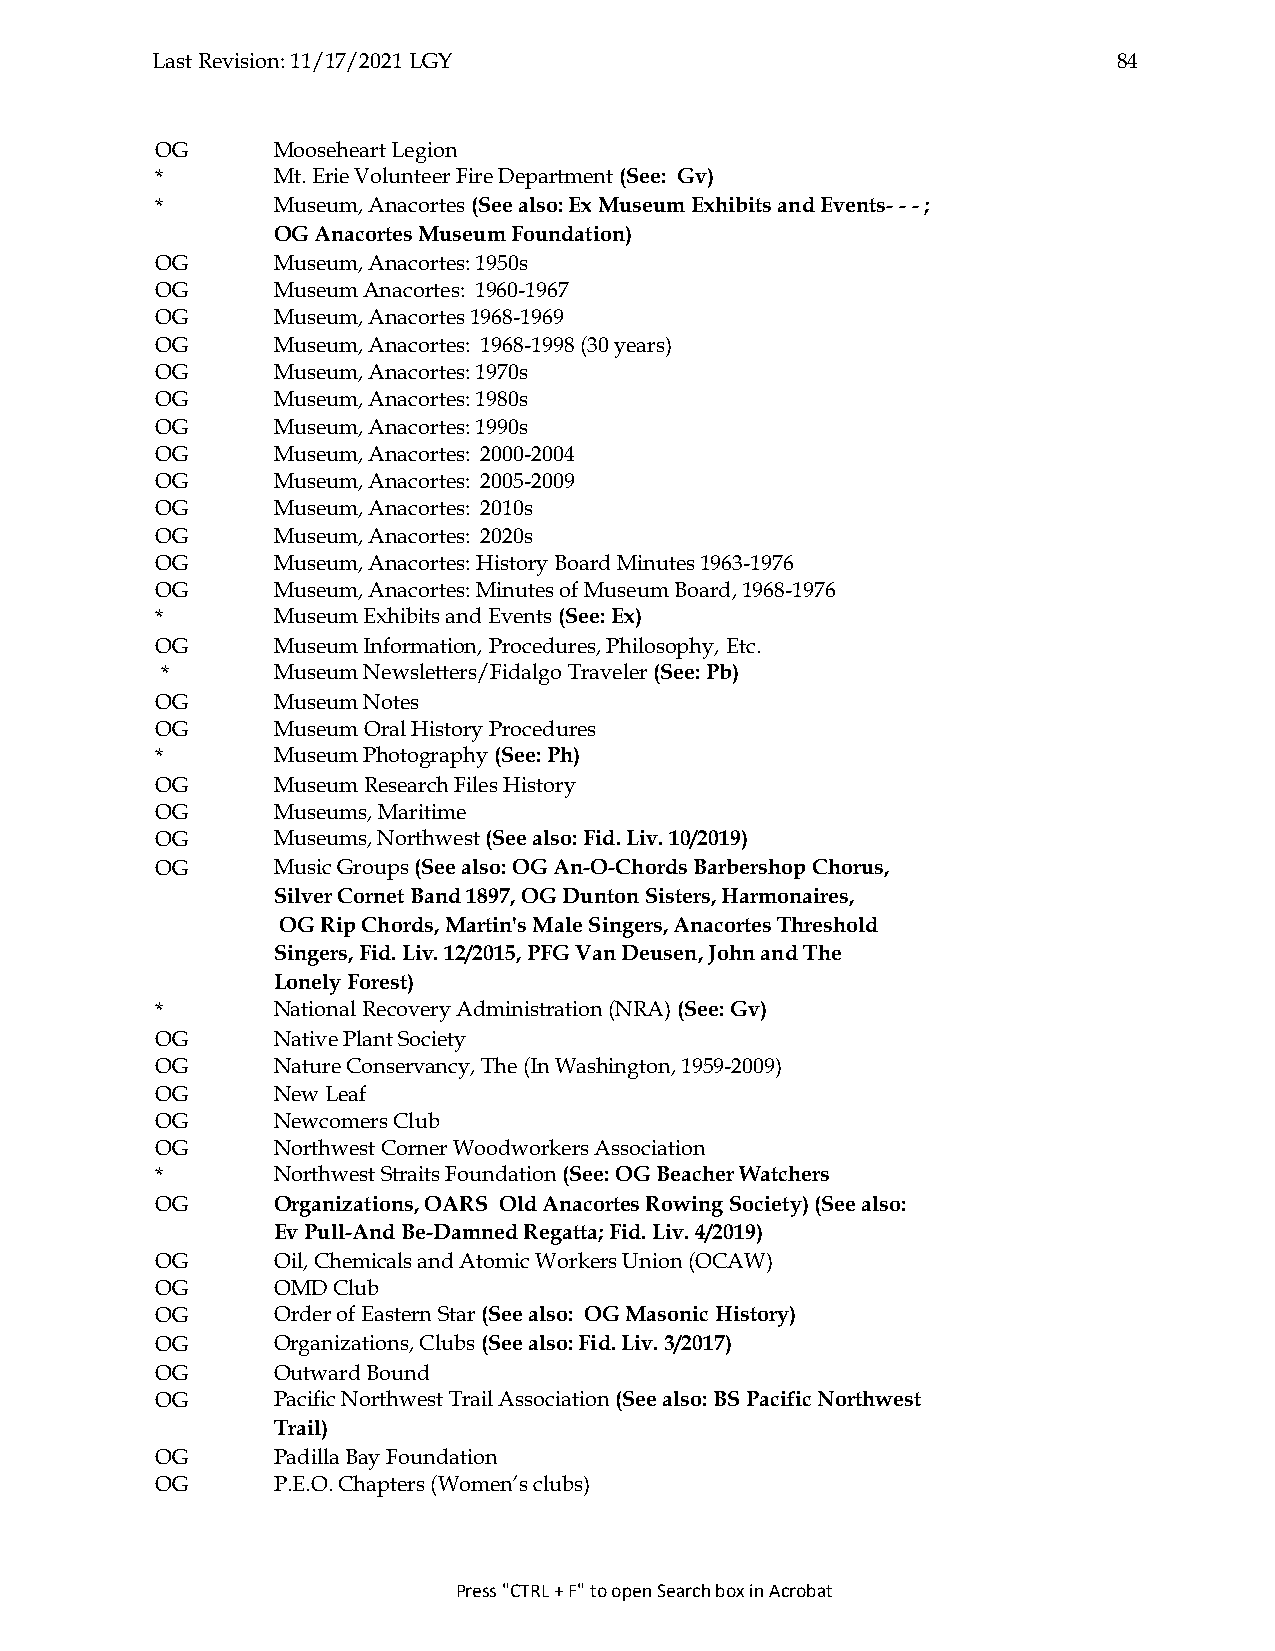
Last Revision: 11/17/2021 LGY                                   84
 OG      Mooseheart Legion
 *       Mt. Erie Volunteer Fire Department (See: Gv)
 *       Museum, Anacortes (See also: Ex Museum Exhibits and Events- - - ;
 OG Anacortes Museum Foundation)
 OG      Museum, Anacortes: 1950s
 OG      Museum Anacortes: 1960-1967
 OG      Museum, Anacortes 1968-1969
 OG      Museum, Anacortes: 1968-1998 (30 years)
 OG      Museum, Anacortes: 1970s
 OG      Museum, Anacortes: 1980s
 OG      Museum, Anacortes: 1990s
 OG      Museum, Anacortes: 2000-2004
 OG      Museum, Anacortes: 2005-2009
 OG      Museum, Anacortes: 2010s
 OG      Museum, Anacortes: 2020s
 OG      Museum, Anacortes: History Board Minutes 1963-1976
 OG      Museum, Anacortes: Minutes of Museum Board, 1968-1976
 *       Museum Exhibits and Events (See: Ex)
 OG      Museum Information, Procedures, Philosophy, Etc.
 *      Museum Newsletters/Fidalgo Traveler (See: Pb)
 OG      Museum Notes
 OG      Museum Oral History Procedures
 *       Museum Photography (See: Ph)
 OG      Museum Research Files History
 OG      Museums, Maritime
 OG      Museums, Northwest (See also: Fid. Liv. 10/2019)
 OG      Music Groups (See also: OG An-O-Chords Barbershop Chorus,
 Silver Cornet Band 1897, OG Dunton Sisters, Harmonaires,
 OG Rip Chords, Martin's Male Singers, Anacortes Threshold
 Singers, Fid. Liv. 12/2015, PFG Van Deusen, John and The
 Lonely Forest)
 *       National Recovery Administration (NRA) (See: Gv)
 OG      Native Plant Society
 OG      Nature Conservancy, The (In Washington, 1959-2009)
 OG      New Leaf
 OG      Newcomers Club
 OG      Northwest Corner Woodworkers Association
 *       Northwest Straits Foundation (See: OG Beacher Watchers
 OG      Organizations, OARS Old Anacortes Rowing Society) (See also:
 Ev Pull-And Be-Damned Regatta; Fid. Liv. 4/2019)
 OG      Oil, Chemicals and Atomic Workers Union (OCAW)
 OG      OMD Club
 OG      Order of Eastern Star (See also: OG Masonic History)
 OG      Organizations, Clubs (See also: Fid. Liv. 3/2017)
 OG      Outward Bound
 OG      Pacific Northwest Trail Association (See also: BS Pacific Northwest
 Trail)
 OG      Padilla Bay Foundation
 OG      P.E.O. Chapters (Women’s clubs)
 Press "CTRL + F" to open Search box in Acrobat